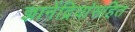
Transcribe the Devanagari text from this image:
ज्ञानेंद्रियांसहित